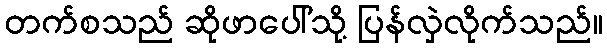
တက်စသည် ဆိုဖာပေါ်သို့ ပြန်လှဲလိုက်သည်။